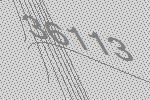
36113